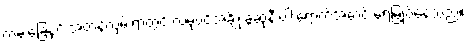
ကမ်းခြေနှင့် အတန်လှမ်းရာတွင် လမုပင်အချို့ ခွဆုံနီးပါးရောက်အောင် ရေမြုပ်နေသည်။